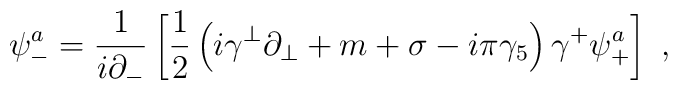
\psi^a_- = \frac{1}{i \partial_-} \left[{1 \over 2}            \left(i\gamma^\perp\partial_\perp + m                  + \sigma - i\pi\gamma_5           \right)            \gamma^+ \psi^a_+\right] ~,